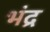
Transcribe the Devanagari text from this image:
भंद्र